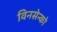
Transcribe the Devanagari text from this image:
विनसेन्को